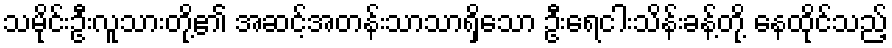
သမိုင်းဦးလူသားတို့၏ အဆင့်အတန်းသာသာရှိသော ဦးရေငါးသိန်းခန့်တို့ နေထိုင်သည့်